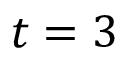
t = 3